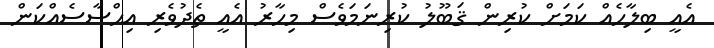
އެއީ ބިލާހެއް ކަމަށް ކުރިން ޤަބޫލު ކުރިނަމަވެސް މިހާރު އެއީ ތެދުވެރި އިޙްސާސެއްކަން